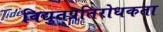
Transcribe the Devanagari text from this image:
विद्युतप्रतिरोधकता